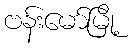
ဗန်းမော်မြို့